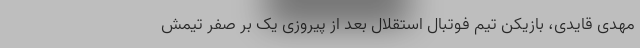
مهدی قایدی، بازیکن تیم فوتبال استقلال بعد از پیروزی یک بر صفر تیمش